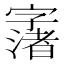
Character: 𱚂